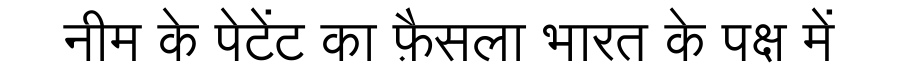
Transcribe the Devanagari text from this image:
नीम के पेटेंट का फ़ैसला भारत के पक्ष में